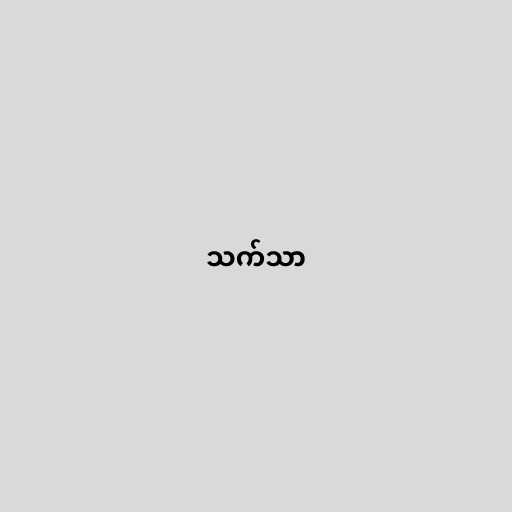
သက်သာ